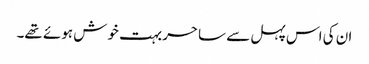
ان کی اس پہل سے ساحر بہت خوش ہوئے تھے۔